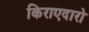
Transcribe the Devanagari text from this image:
किराएदारो